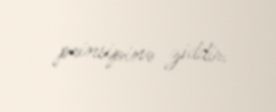
prinsipinə ziddir.